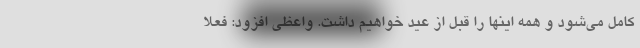
کامل می‌شود و همه اینها را قبل از عید خواهیم داشت. واعظی افزود: فعلاً